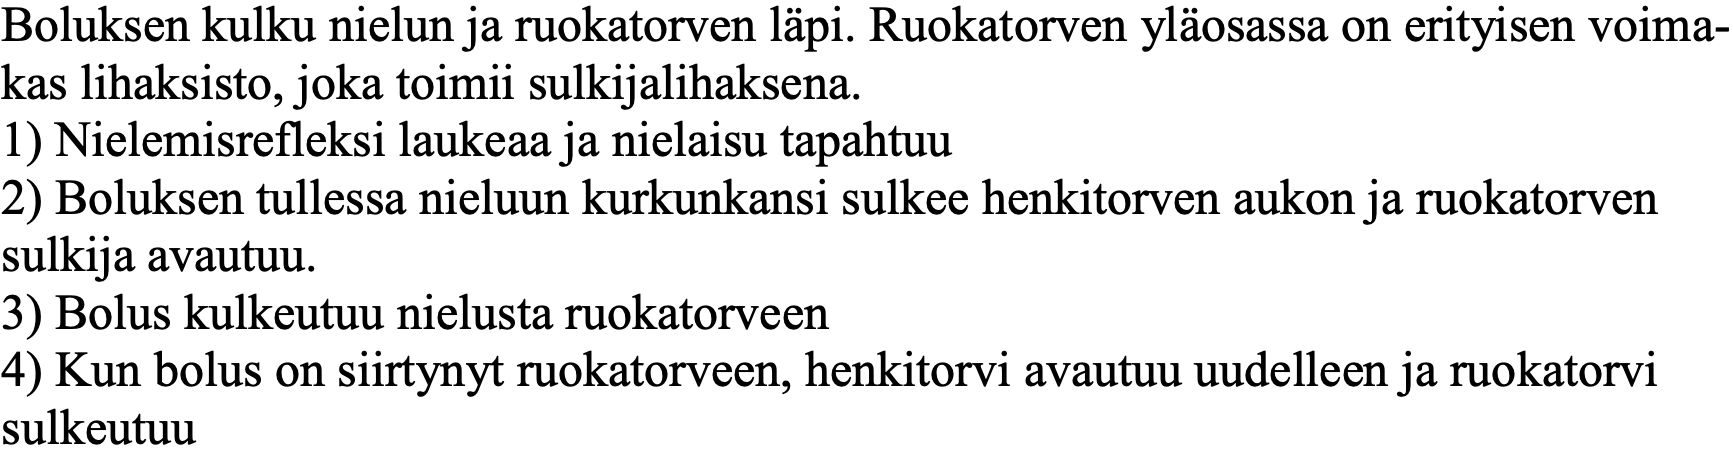
Boluksen kulku nielun ja ruokatorven läpi. Ruokatorven yläosassa on erityisen voima- kas lihaksisto, joka toimii sulkijalihaksena. 1) Nielemisrefleksi laukeaa ja nielaisu tapahtuu 2) Boluksen tullessa nieluun kurkunkansi sulkee henkitorven aukon ja ruokatorven sulkija avautuu. 3) Bolus kulkeutuu nielusta ruokatorveen 4) Kun bolus on siirtynyt ruokatorveen, henkitorvi avautuu uudelleen ja ruokatorvi sulkeutuu